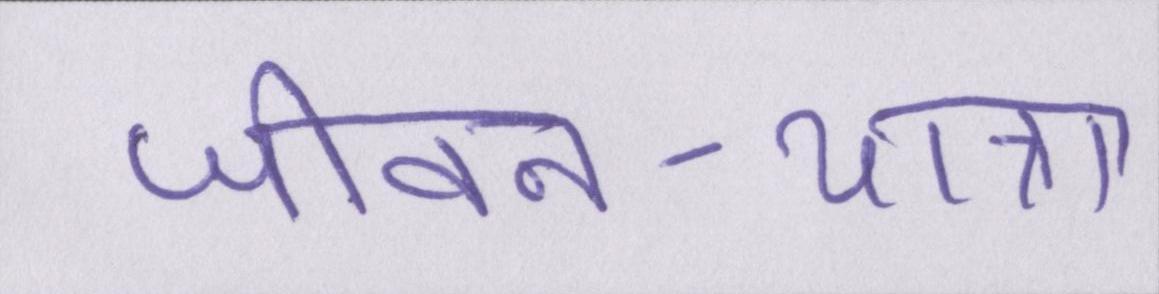
जीवन-यात्रा